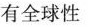
有全球性